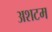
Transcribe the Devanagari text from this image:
अशटम